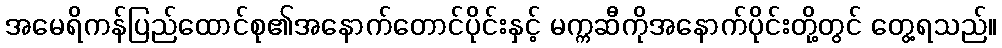
အမေရိကန်ပြည်ထောင်စု၏အနောက်တောင်ပိုင်းနှင့် မက္ကဆီကိုအနောက်ပိုင်းတို့တွင် တွေ့ရသည်။